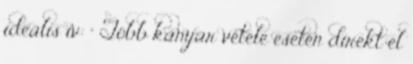
ideális ív: “ Több kanyar vétele esetén direkt el